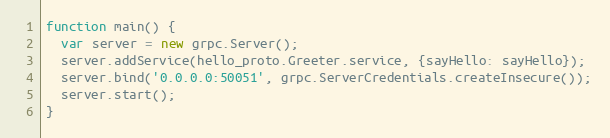
Language: JavaScript
function main() {
  var server = new grpc.Server();
  server.addService(hello_proto.Greeter.service, {sayHello: sayHello});
  server.bind('0.0.0.0:50051', grpc.ServerCredentials.createInsecure());
  server.start();
}